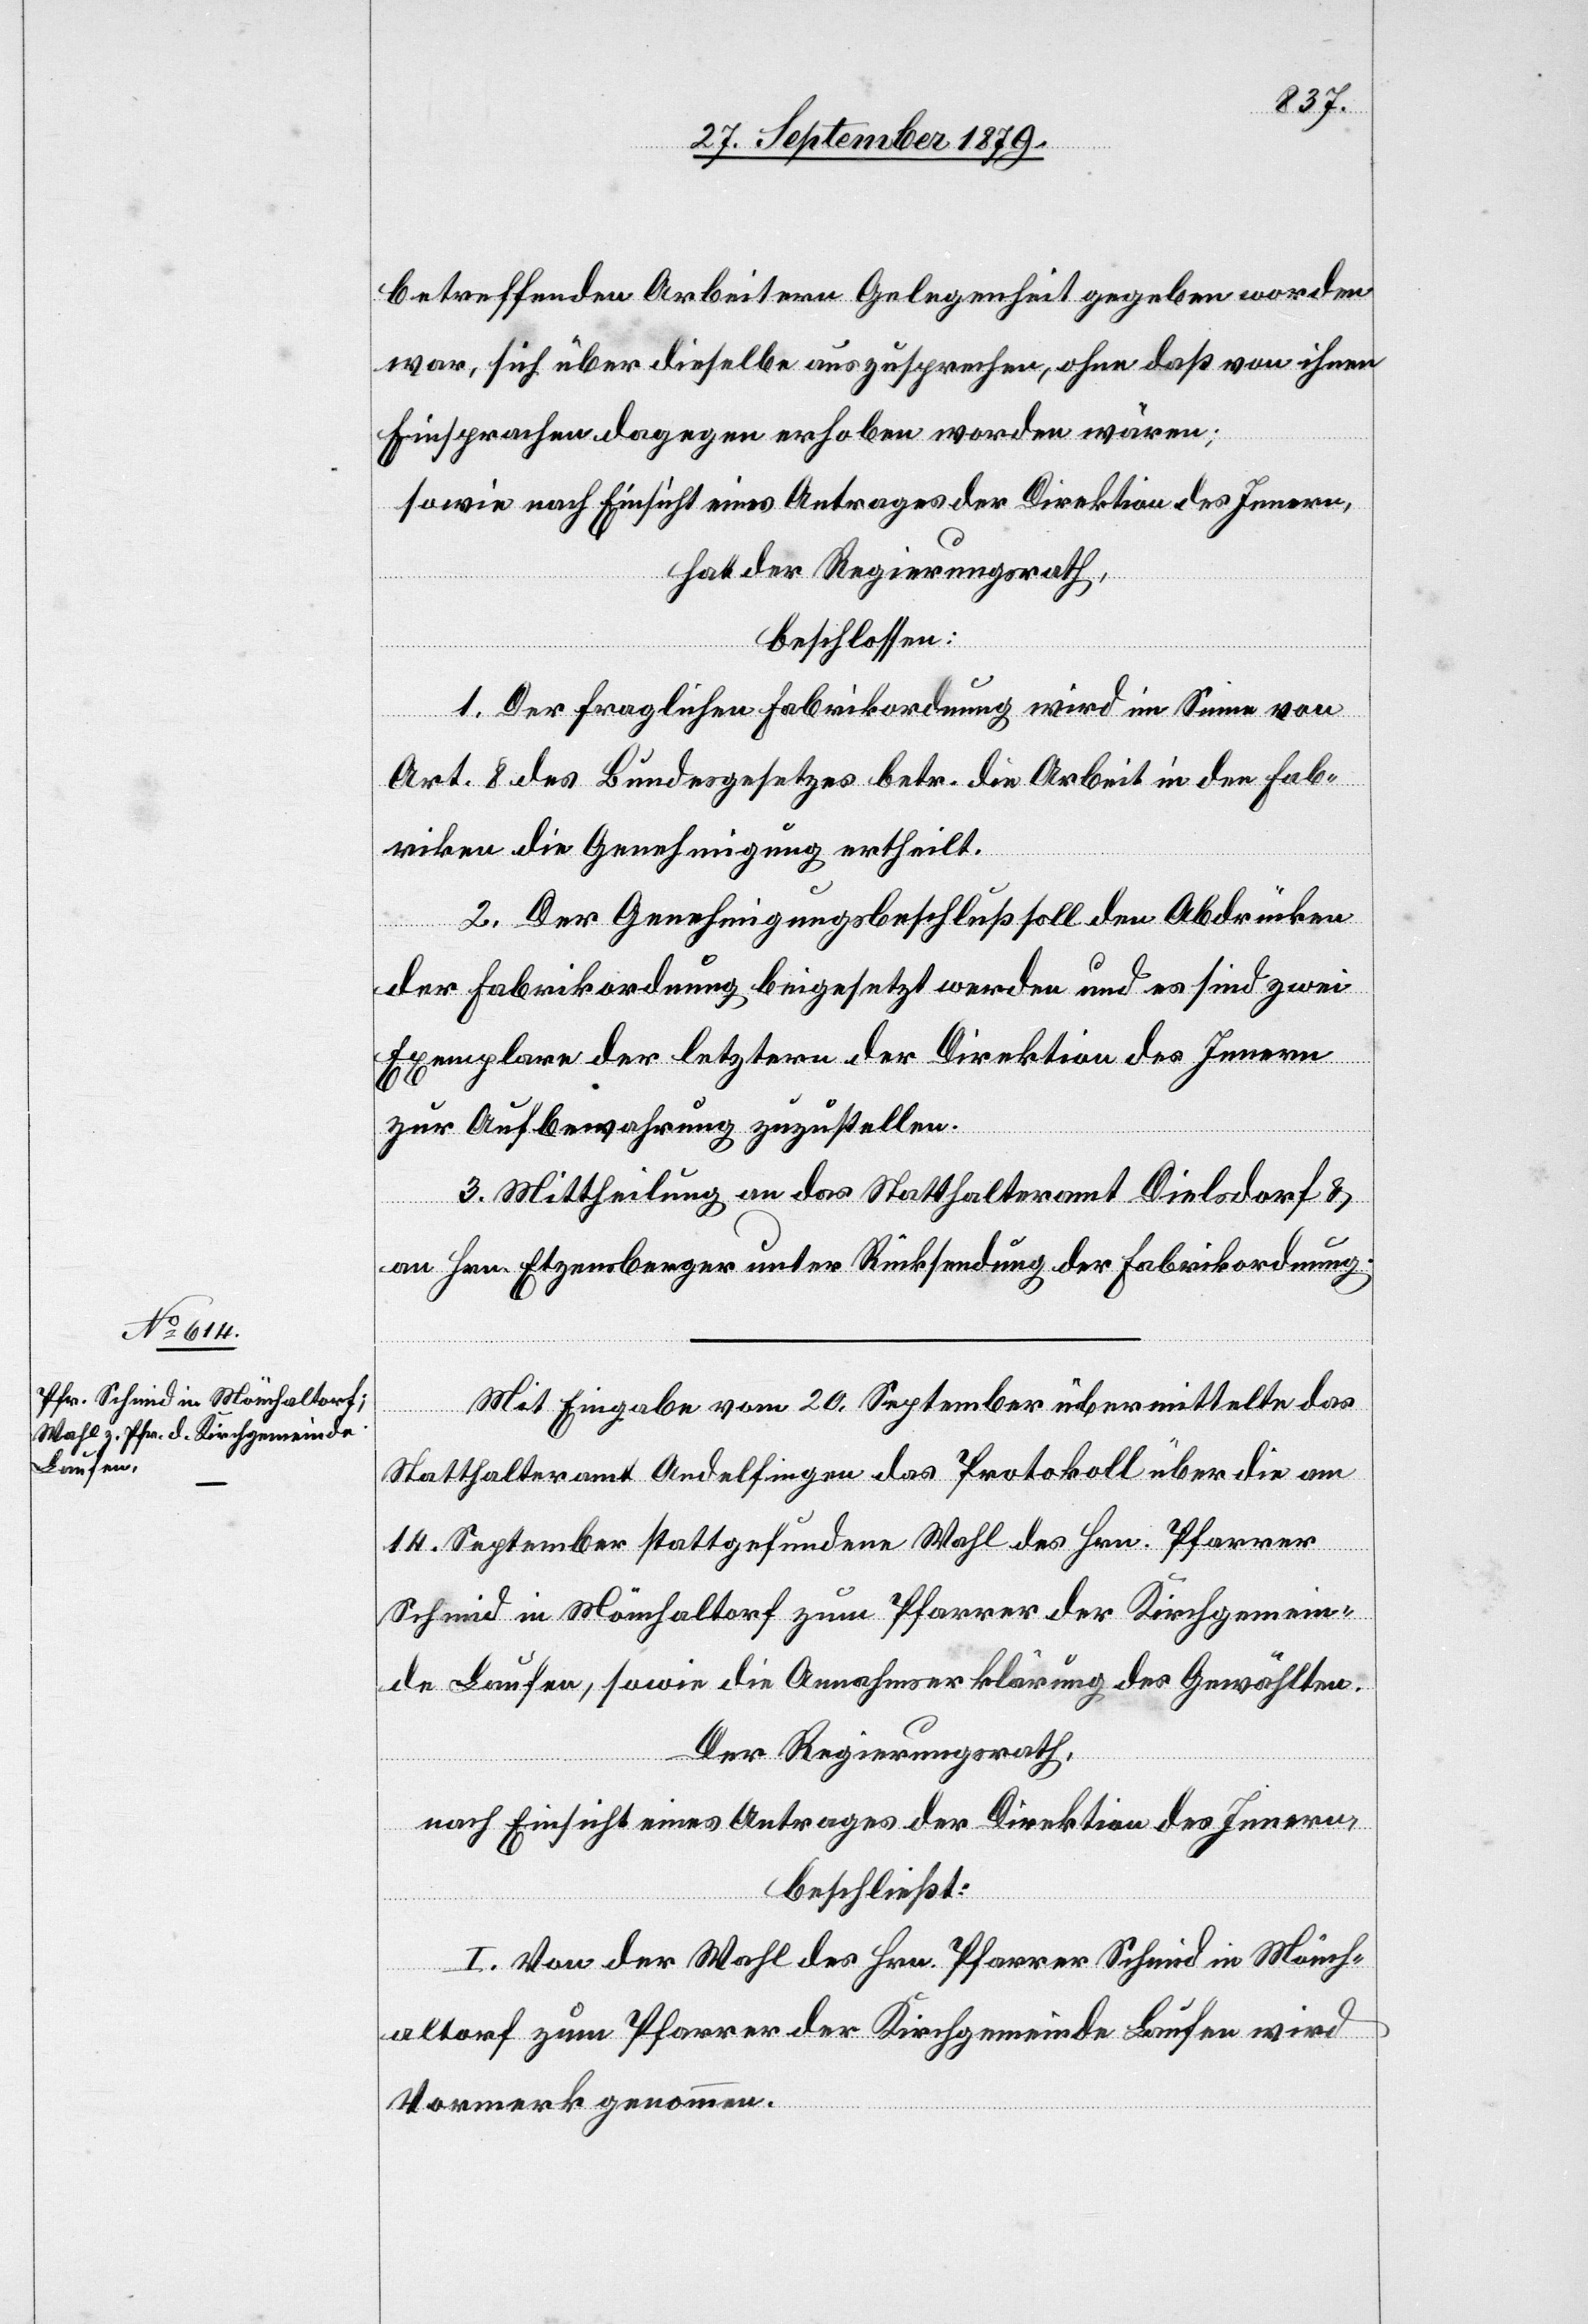
betreffenden Arbeitern Gelegenheit gegeben worden
war, sich über dieselbe auszusprechen, ohne das von ihnen
Einsprachen dagegen erhoben worden wären;
sowie nach Einsicht eines Antrages der Direktion des Innern,
hat der Regierungsrath,
beschlossen:
1. Der fraglichen Fabrikordnung wird im Sinne von
Art. 8 des Bundesgesetzes betr. die Arbeit in den Fab¬
riken die Genehmigung ertheilt.
2. Der Genehmigungsbeschluß soll den Abdrücken
der Fabrikordnung beigesetzt werden und es sind zwei
Exemplare der letztern der Direktion des Innern
zur Aufbewahrung zuzustellen.
3. Mittheilung an das Statthalteramt Dielsdorf &
an Hrn. Etzensberger unter Rücksendung der Fabrikordnung.
Mit Eingabe vom 20. September übermittelte das
Statthalteramt Andelfingen das Protokoll über die am
14. September stattgefundene Wahl des Hrn. Pfarrer
Schmid in Mönchaltorf zum Pfarrer der Kirchgemein¬
de Laufen, sowie die Annahmserklärung des Gewählten.
Der Regierungsrath,
nach Einsicht eines Antrages der Direktion des Innern,
beschließt:
I. Von der Wahl des Hrn. Pfarrer Schmid in Mönch¬
altorf zum Pfarrer der Kirchgemeinde Laufen wird
Vormerk genommen.